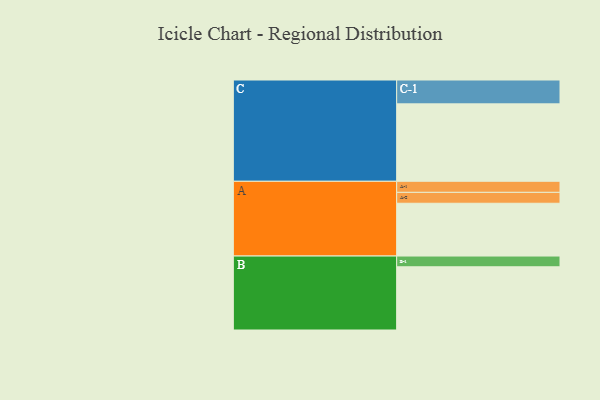
{"axis": {"x": "Segment", "y": "Value"}, "legend": ["", "A", "B", "C"], "data": [{"x": "A", "y": 334, "type": ""}, {"x": "B", "y": 400, "type": ""}, {"x": "C", "y": 490, "type": ""}, {"x": "A-1", "y": 70, "type": "A"}, {"x": "A-2", "y": 69, "type": "A"}, {"x": "B-1", "y": 68, "type": "B"}, {"x": "C-1", "y": 151, "type": "C"}]}